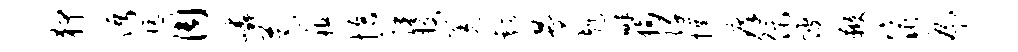
狎沔阮周嶙芭租恰裸授羌瓢晏赳畔狗阡撰痒促陂鞭窕扁